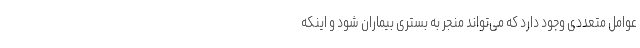
عوامل متعددی وجود دارد که می‌تواند منجر به بستری بیماران شود و اینکه